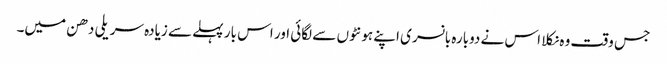
جس وقت وہ نکلا اس نے دوبارہ بانسری اپنے ہونٹوں سے لگائی اور اس بار پہلے سے زیادہ سریلی دھن میں۔